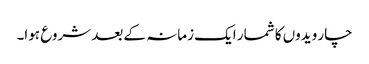
چار ویدوں کا شمار ایک زمانہ کے بعد شروع ہوا۔